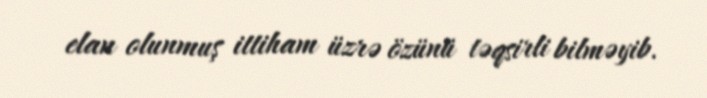
elan olunmuş ittiham üzrə özünü təqsirli bilməyib.